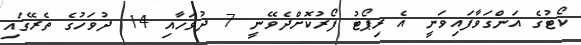
ކޯޓުގެ އަންގަވާފައިވަނީ އެ ރިޕޯޓު ފޯރުކޮށްދެވޭނީ 7 ދުވަހާއި 14 ދުވަހުގެ ތެރޭގައި